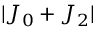
| J _ { 0 } + J _ { 2 } |